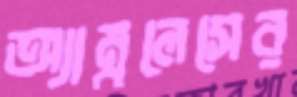
অ্যাম্বুলেসের